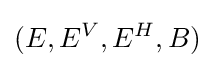
(E,E^{V},E^{H},B)